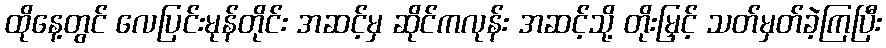
ထိုနေ့တွင် လေပြင်းမုန်တိုင်း အဆင့်မှ ဆိုင်ကလုန်း အဆင့်သို့ တိုးမြှင့် သတ်မှတ်ခဲ့ကြပြီး